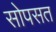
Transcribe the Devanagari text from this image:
सोपसत